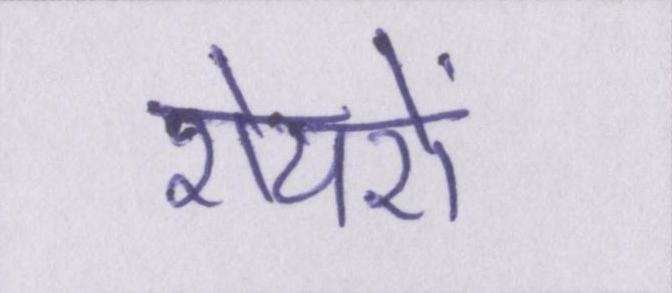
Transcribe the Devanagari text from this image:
शेयरों